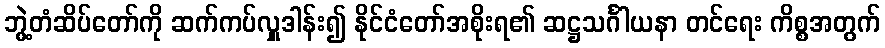
ဘွဲ့တံဆိပ်တော်ကို ဆက်ကပ်လှူဒါန်း၍ နိုင်ငံတော်အစိုးရ၏ ဆဋ္ဌသင်္ဂါယနာ တင်ရေး ကိစ္စအတွက်